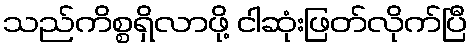
သည်ကိစ္စရှိလာဖို့ ငါဆုံးဖြတ်လိုက်ပြီ